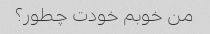
من خوبم خودت چطور؟